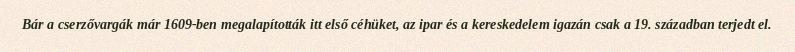
Bár a cserzővargák már 1609-ben megalapították itt első céhüket, az ipar és a kereskedelem igazán csak a 19. században terjedt el.